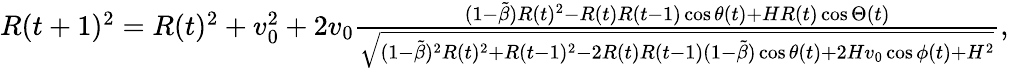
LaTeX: \begin{array}{r}{R(t+1)^{2}=R(t)^{2}+v_{0}^{2}+2v_{0}\frac{(1-\tilde{\beta})R(t)^{2}-R(t)R(t-1)\cos\theta(t)+HR(t)\cos\Theta(t)}{\sqrt{(1-\tilde{\beta})^{2}R(t)^{2}+R(t-1)^{2}-2R(t)R(t-1)(1-\tilde{\beta})\cos\theta(t)+2Hv_{0}\cos\phi(t)+H^{2}}},}\end{array}